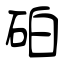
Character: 砶